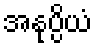
အနုပ္ပိယံ